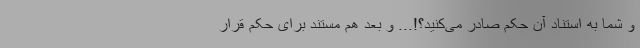
و شما به استناد آن حکم صادر می‌کنید؟!... و بعد هم مستند برای حکم قرار